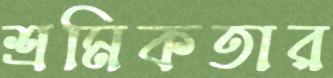
শ্রমিকতার